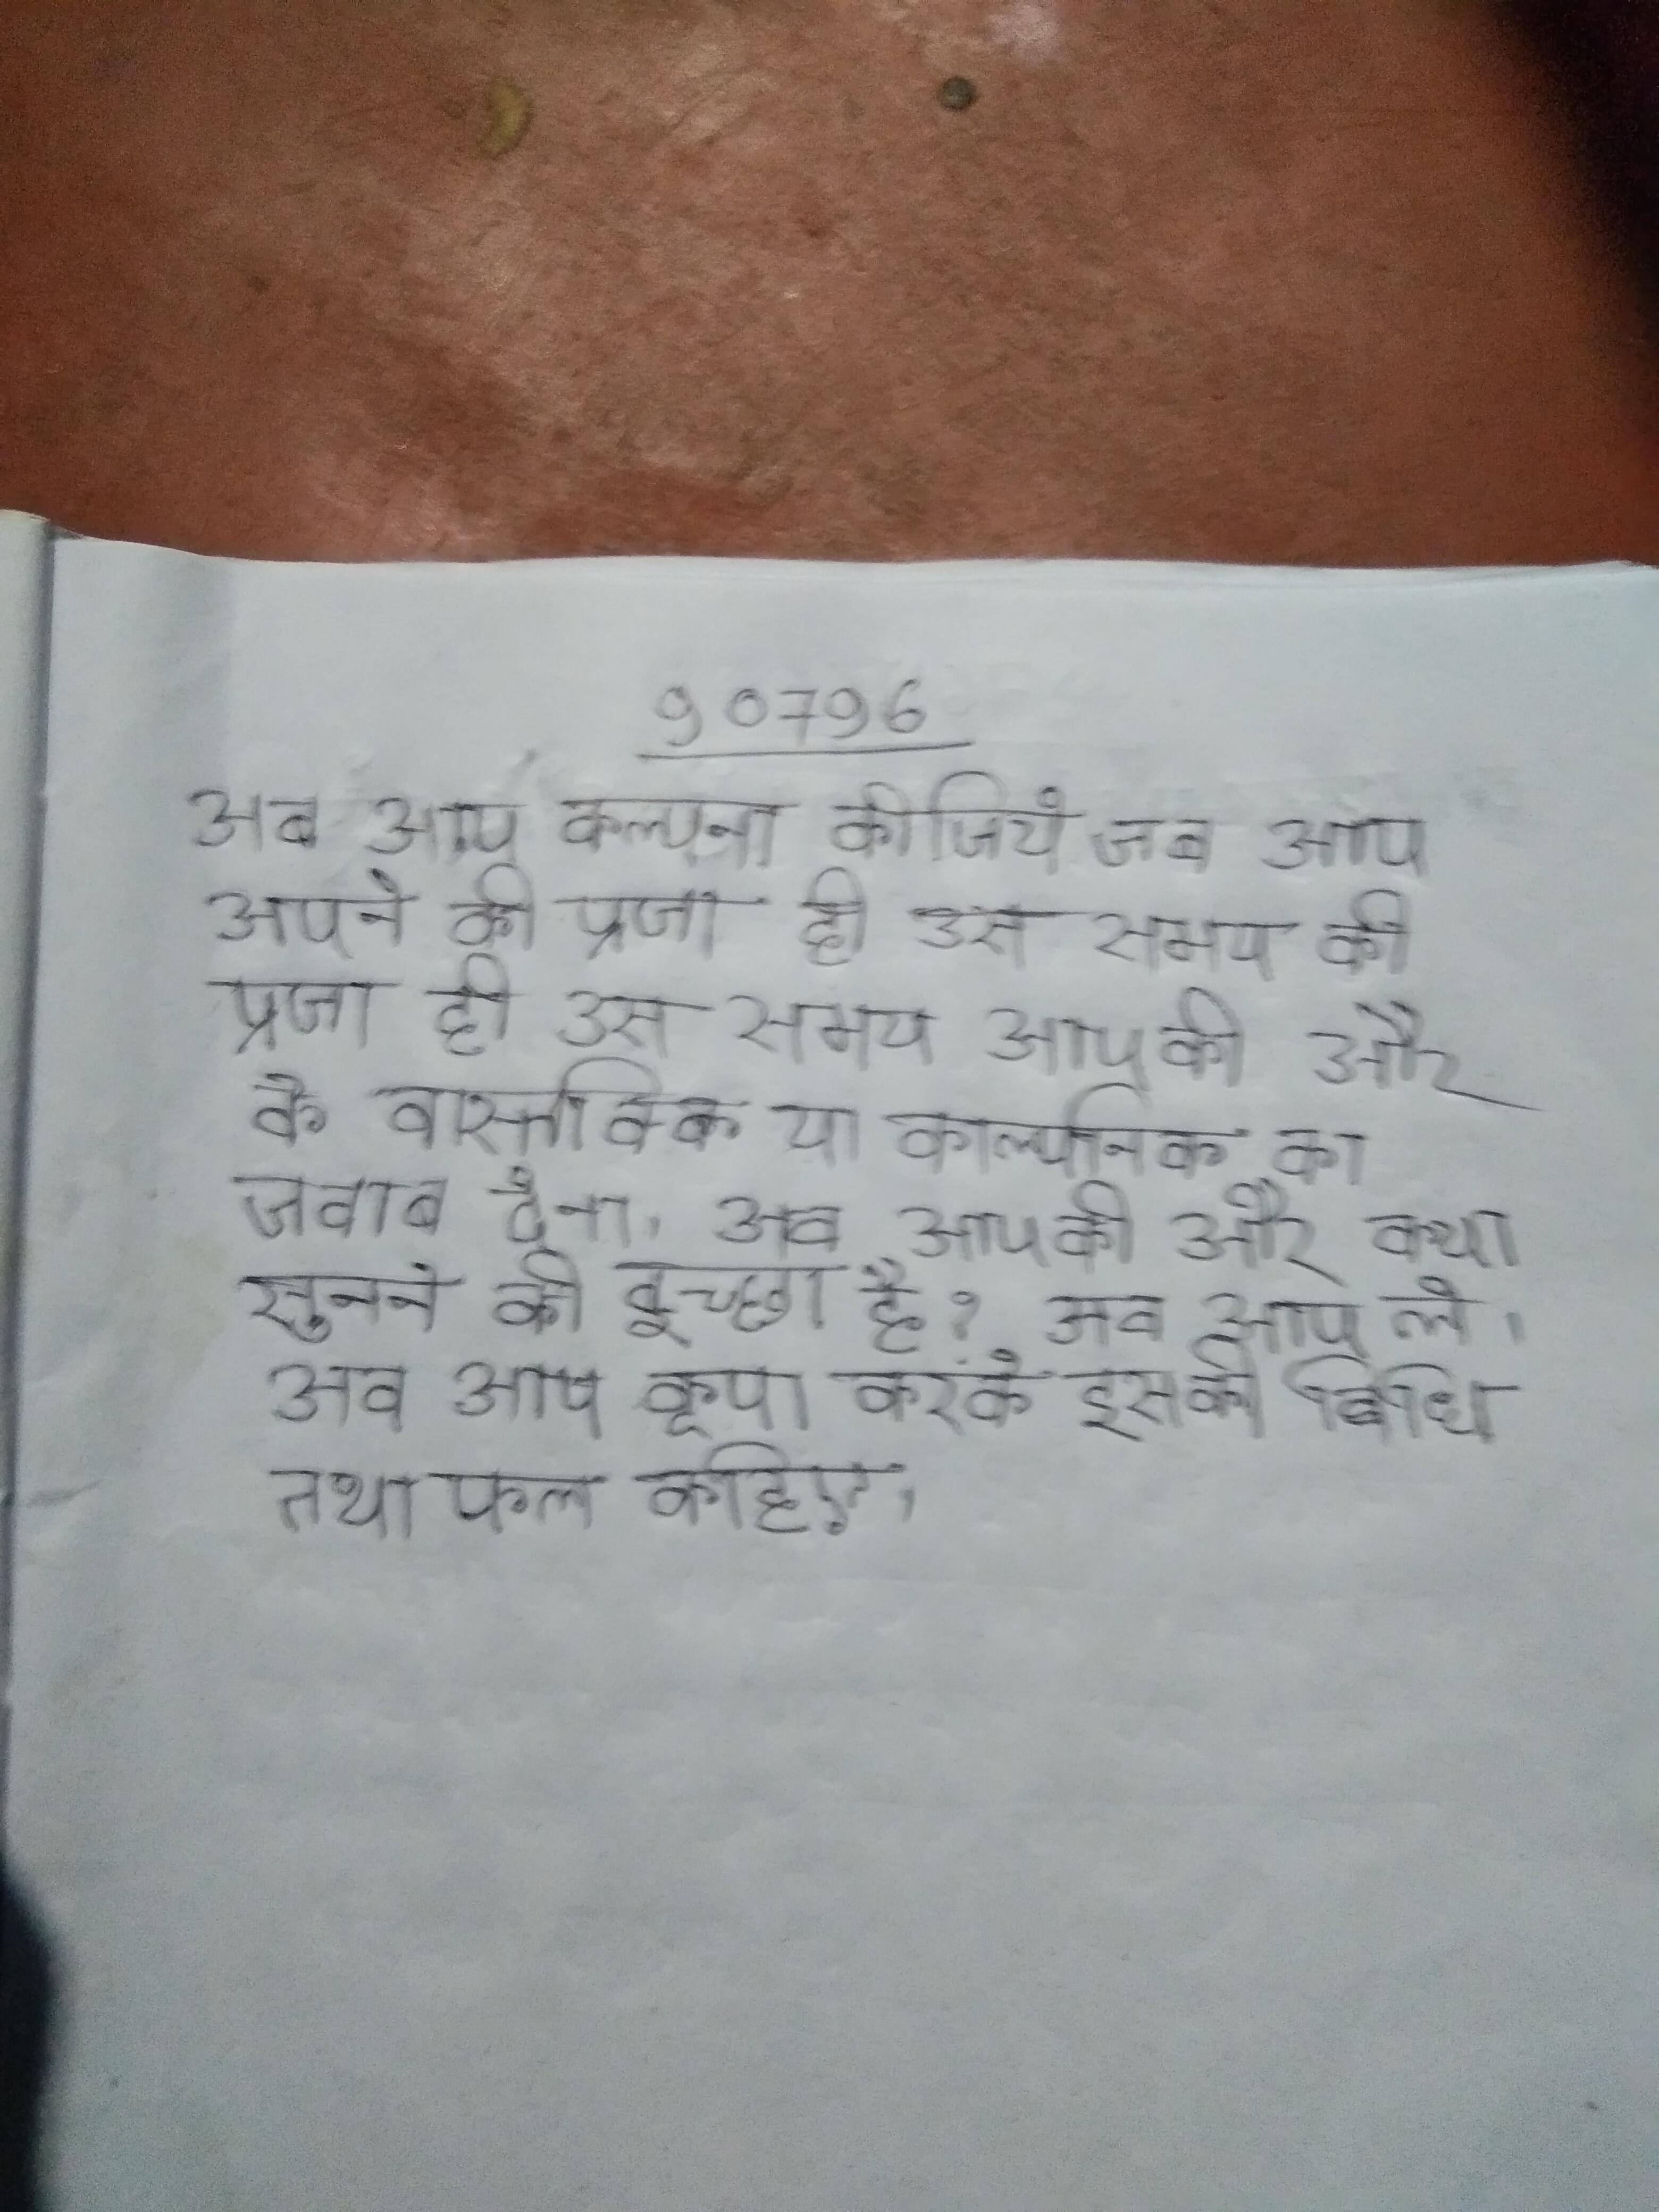
अब आप कल्पना कीजिये जब आप अपने की प्रजा हो उस समय आपको और के वास्तविक या काल्पनिक का जवाब देना । अब आपकी और क्या सुनने की इच्छा है? अब आप ले । अब आप कृपा करके इसकी विधि तथा फल कहिए ।